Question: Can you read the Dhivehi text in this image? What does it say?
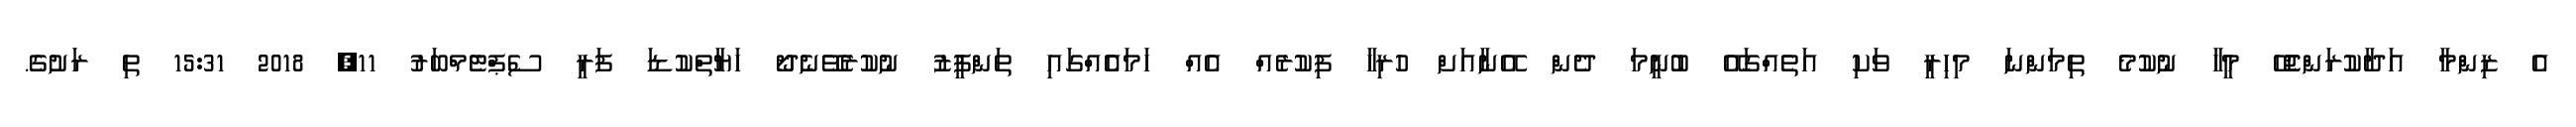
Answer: އެ ޒިންމާ އަދާކުރަންޖެހޭ މީހާ ނުކުމެ ތިމަންނަ މިހިރީ ވަކި އަތެއްގައޭ ބުނީމަ ދެން އޭނާއަށް ހުރިހާ ފިކުރެއް އެއް ހަމައެެއްގައި ތަންފީޒު ނުކުރެވޭނެދޯ ހަޔާތްކުޑަ ފަރީ ސެޕްޓެމްބަރު 11, 2018 15:31 ތި ރަށުގެ.